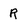
Character: R